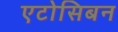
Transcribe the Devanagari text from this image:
एटोसिबन